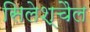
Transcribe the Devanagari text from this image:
सिलेश्चैल